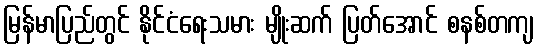
မြန်မာပြည်တွင် နိုင်ငံရေးသမား မျိုးဆက် ပြတ်အောင် စနစ်တကျ